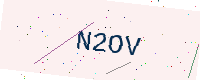
Text: N2OV